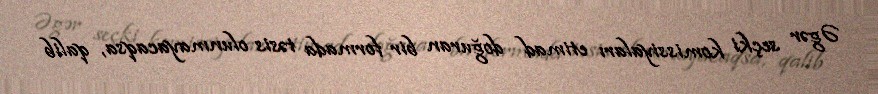
Əgər seçki komissiyaları etimad doğuran bir formada təsis olunmayacaqsa, qalib